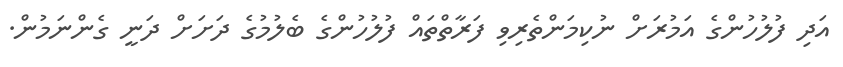
އަދި ފުލުހުންގެ އަމުރަށް ނުކިމަންތެރިވި ފަރާތްތައް ފުލުހުންގެ ބެލުމުގެ ދަށަށް ދަނީ ގެންނަމުން.